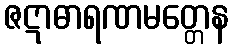
ဇဋာဓာရဏမတ္တေန